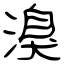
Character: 溴